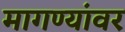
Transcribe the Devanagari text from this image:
मागण्यांवर